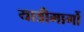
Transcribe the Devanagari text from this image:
यात्रीमार्गो